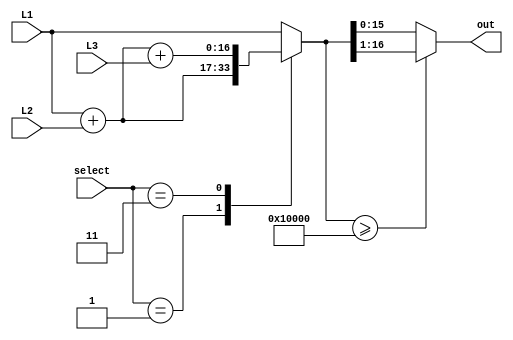
module LightAdder(L1, L2, L3, select, out);
	input [16:0] L1, L2, L3;
	input [1:0] select;
	output reg [15:0] out;
	
	reg [16:0] temp;
	
	always @ (*)
	begin
		case(select[1:0])
			2'b00: temp = L1;
			2'b01: temp = L1 + L2;
			2'b11: temp = L1 + L2 + L3;
			default: temp = L1;
		endcase
	end
	
	always @ (*)
	begin
		if (temp >= 17'b10000000000000000)
			out = temp[16:1];
		else
			out = temp[15:0];
	end
endmodule 

//Depending on level, adds light patterns together so that more lights turn on.